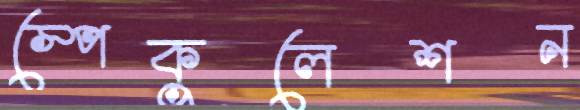
স্পেকুলেশন